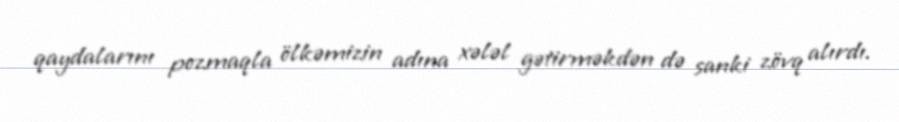
qaydalarını pozmaqla ölkəmizin adına xələl gətirməkdən də sanki zövq alırdı.